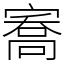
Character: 㝯